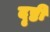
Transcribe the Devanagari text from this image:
दृष्ठी